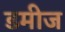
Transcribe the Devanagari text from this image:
डमीज